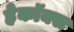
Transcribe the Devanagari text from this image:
हेकॉक्स